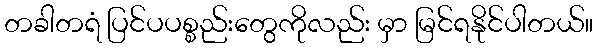
တခါတရံ ပြင်ပပစ္စည်းတွေကိုလည်း မှာ မြင်ရနိုင်ပါတယ်။